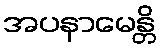
အပနာမေန္တိ